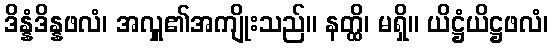
ဒိန္နံဒိန္နဖလံ၊ အလှူ၏အကျိုးသည်။ နတ္ထိ၊ မရှိ။ ယိဋ္ဌံယိဋ္ဌဖလံ၊